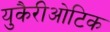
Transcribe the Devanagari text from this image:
युकैरीओटिक